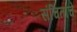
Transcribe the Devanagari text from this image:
संचिताचे